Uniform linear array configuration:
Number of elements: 64
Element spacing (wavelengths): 1
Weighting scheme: hann
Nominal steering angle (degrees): -30
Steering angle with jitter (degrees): -29.033
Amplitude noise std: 0.05
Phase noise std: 0.05

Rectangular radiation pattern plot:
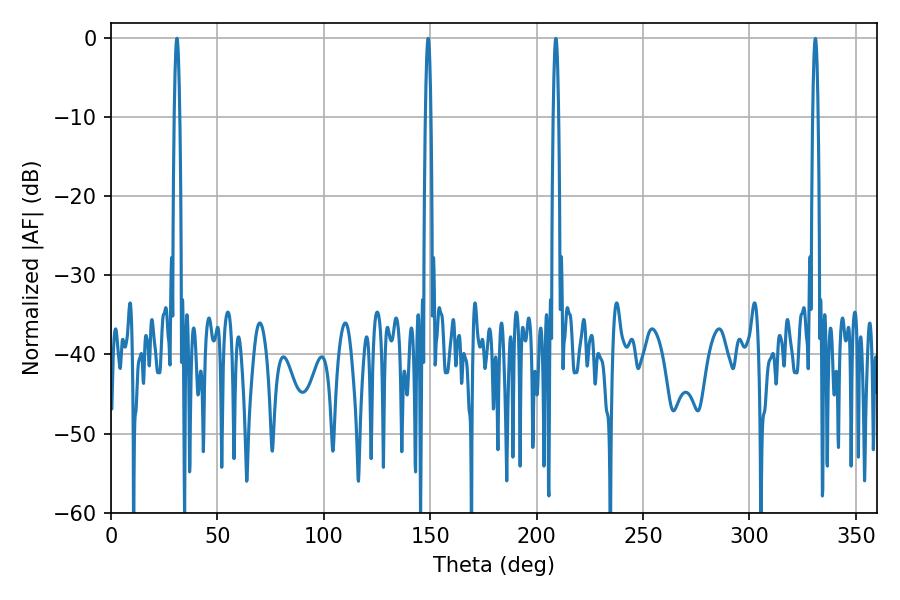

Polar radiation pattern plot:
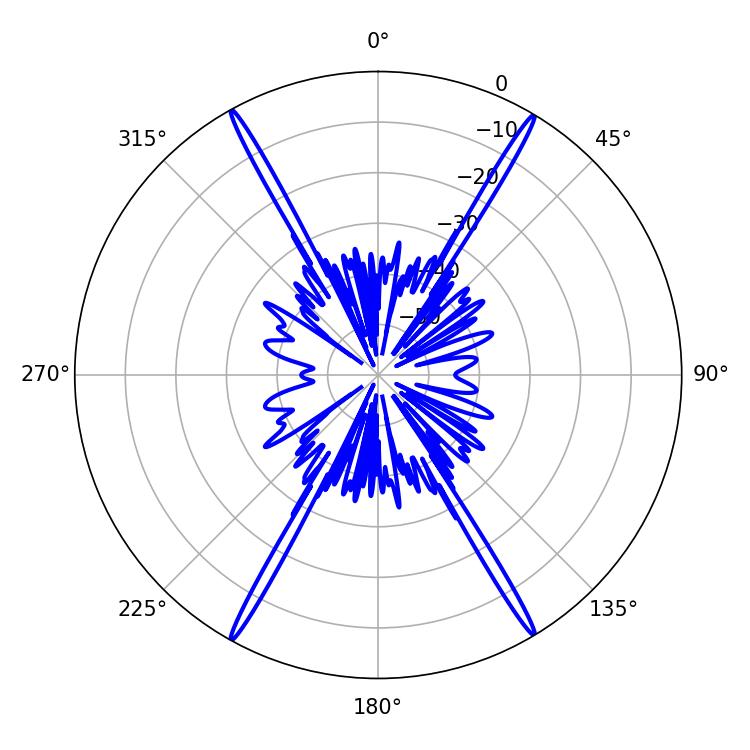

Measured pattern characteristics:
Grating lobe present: TRUE
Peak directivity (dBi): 29.706
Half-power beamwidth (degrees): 1.44
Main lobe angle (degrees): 30.96